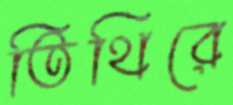
তিথিরে